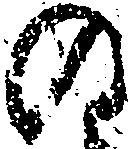
の